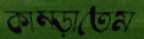
কাম্‌ড়াতেম